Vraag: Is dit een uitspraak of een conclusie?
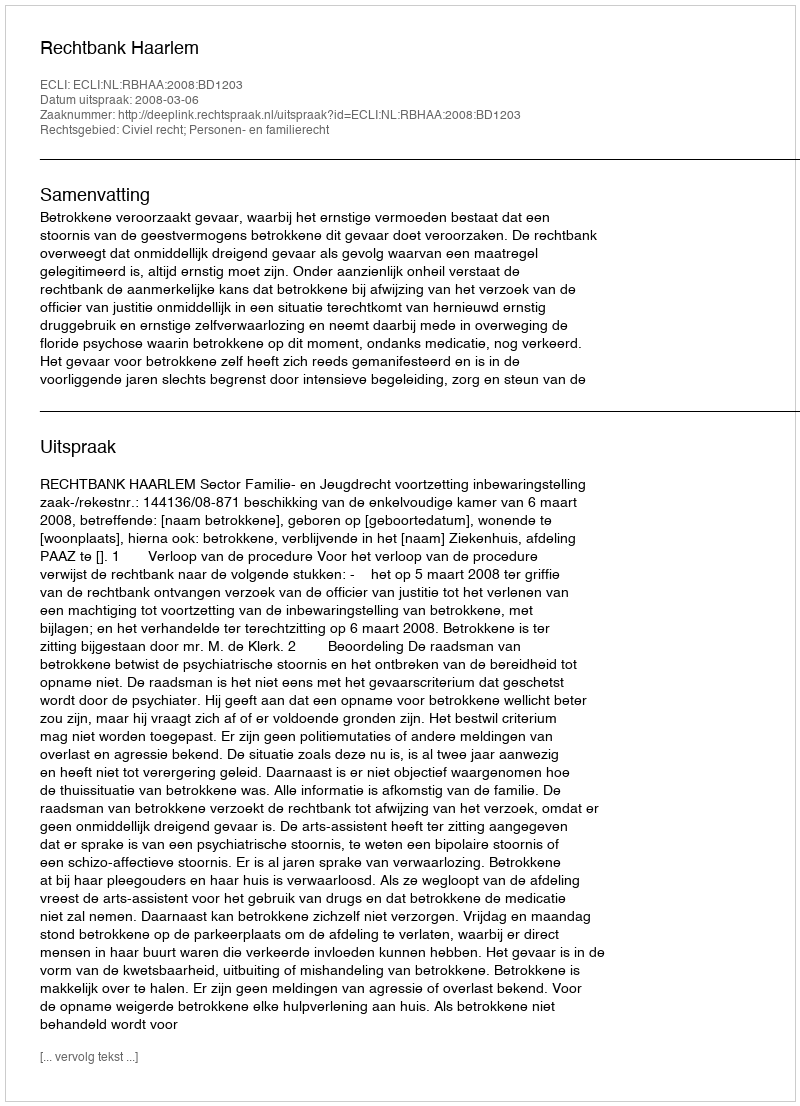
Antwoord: Uitspraak